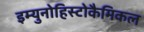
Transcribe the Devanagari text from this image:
इम्युनोहिस्टोकैमिकल